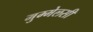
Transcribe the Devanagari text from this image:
मुम्मेलसी